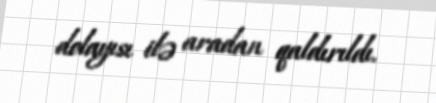
dolayısı ilə aradan qaldırıldı.